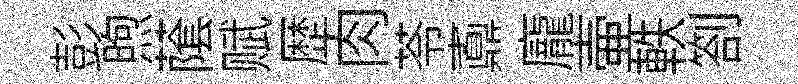
彭煦䕃赋歴肉苓鼒龐壷軼劄